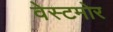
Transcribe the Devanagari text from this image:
वेस्टमोर